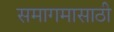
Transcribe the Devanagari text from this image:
समागमासाठी